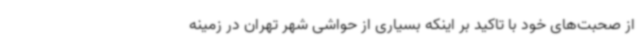
از صحبت‌های خود با تاکید بر اینکه بسیاری از حواشی شهر تهران در زمینه